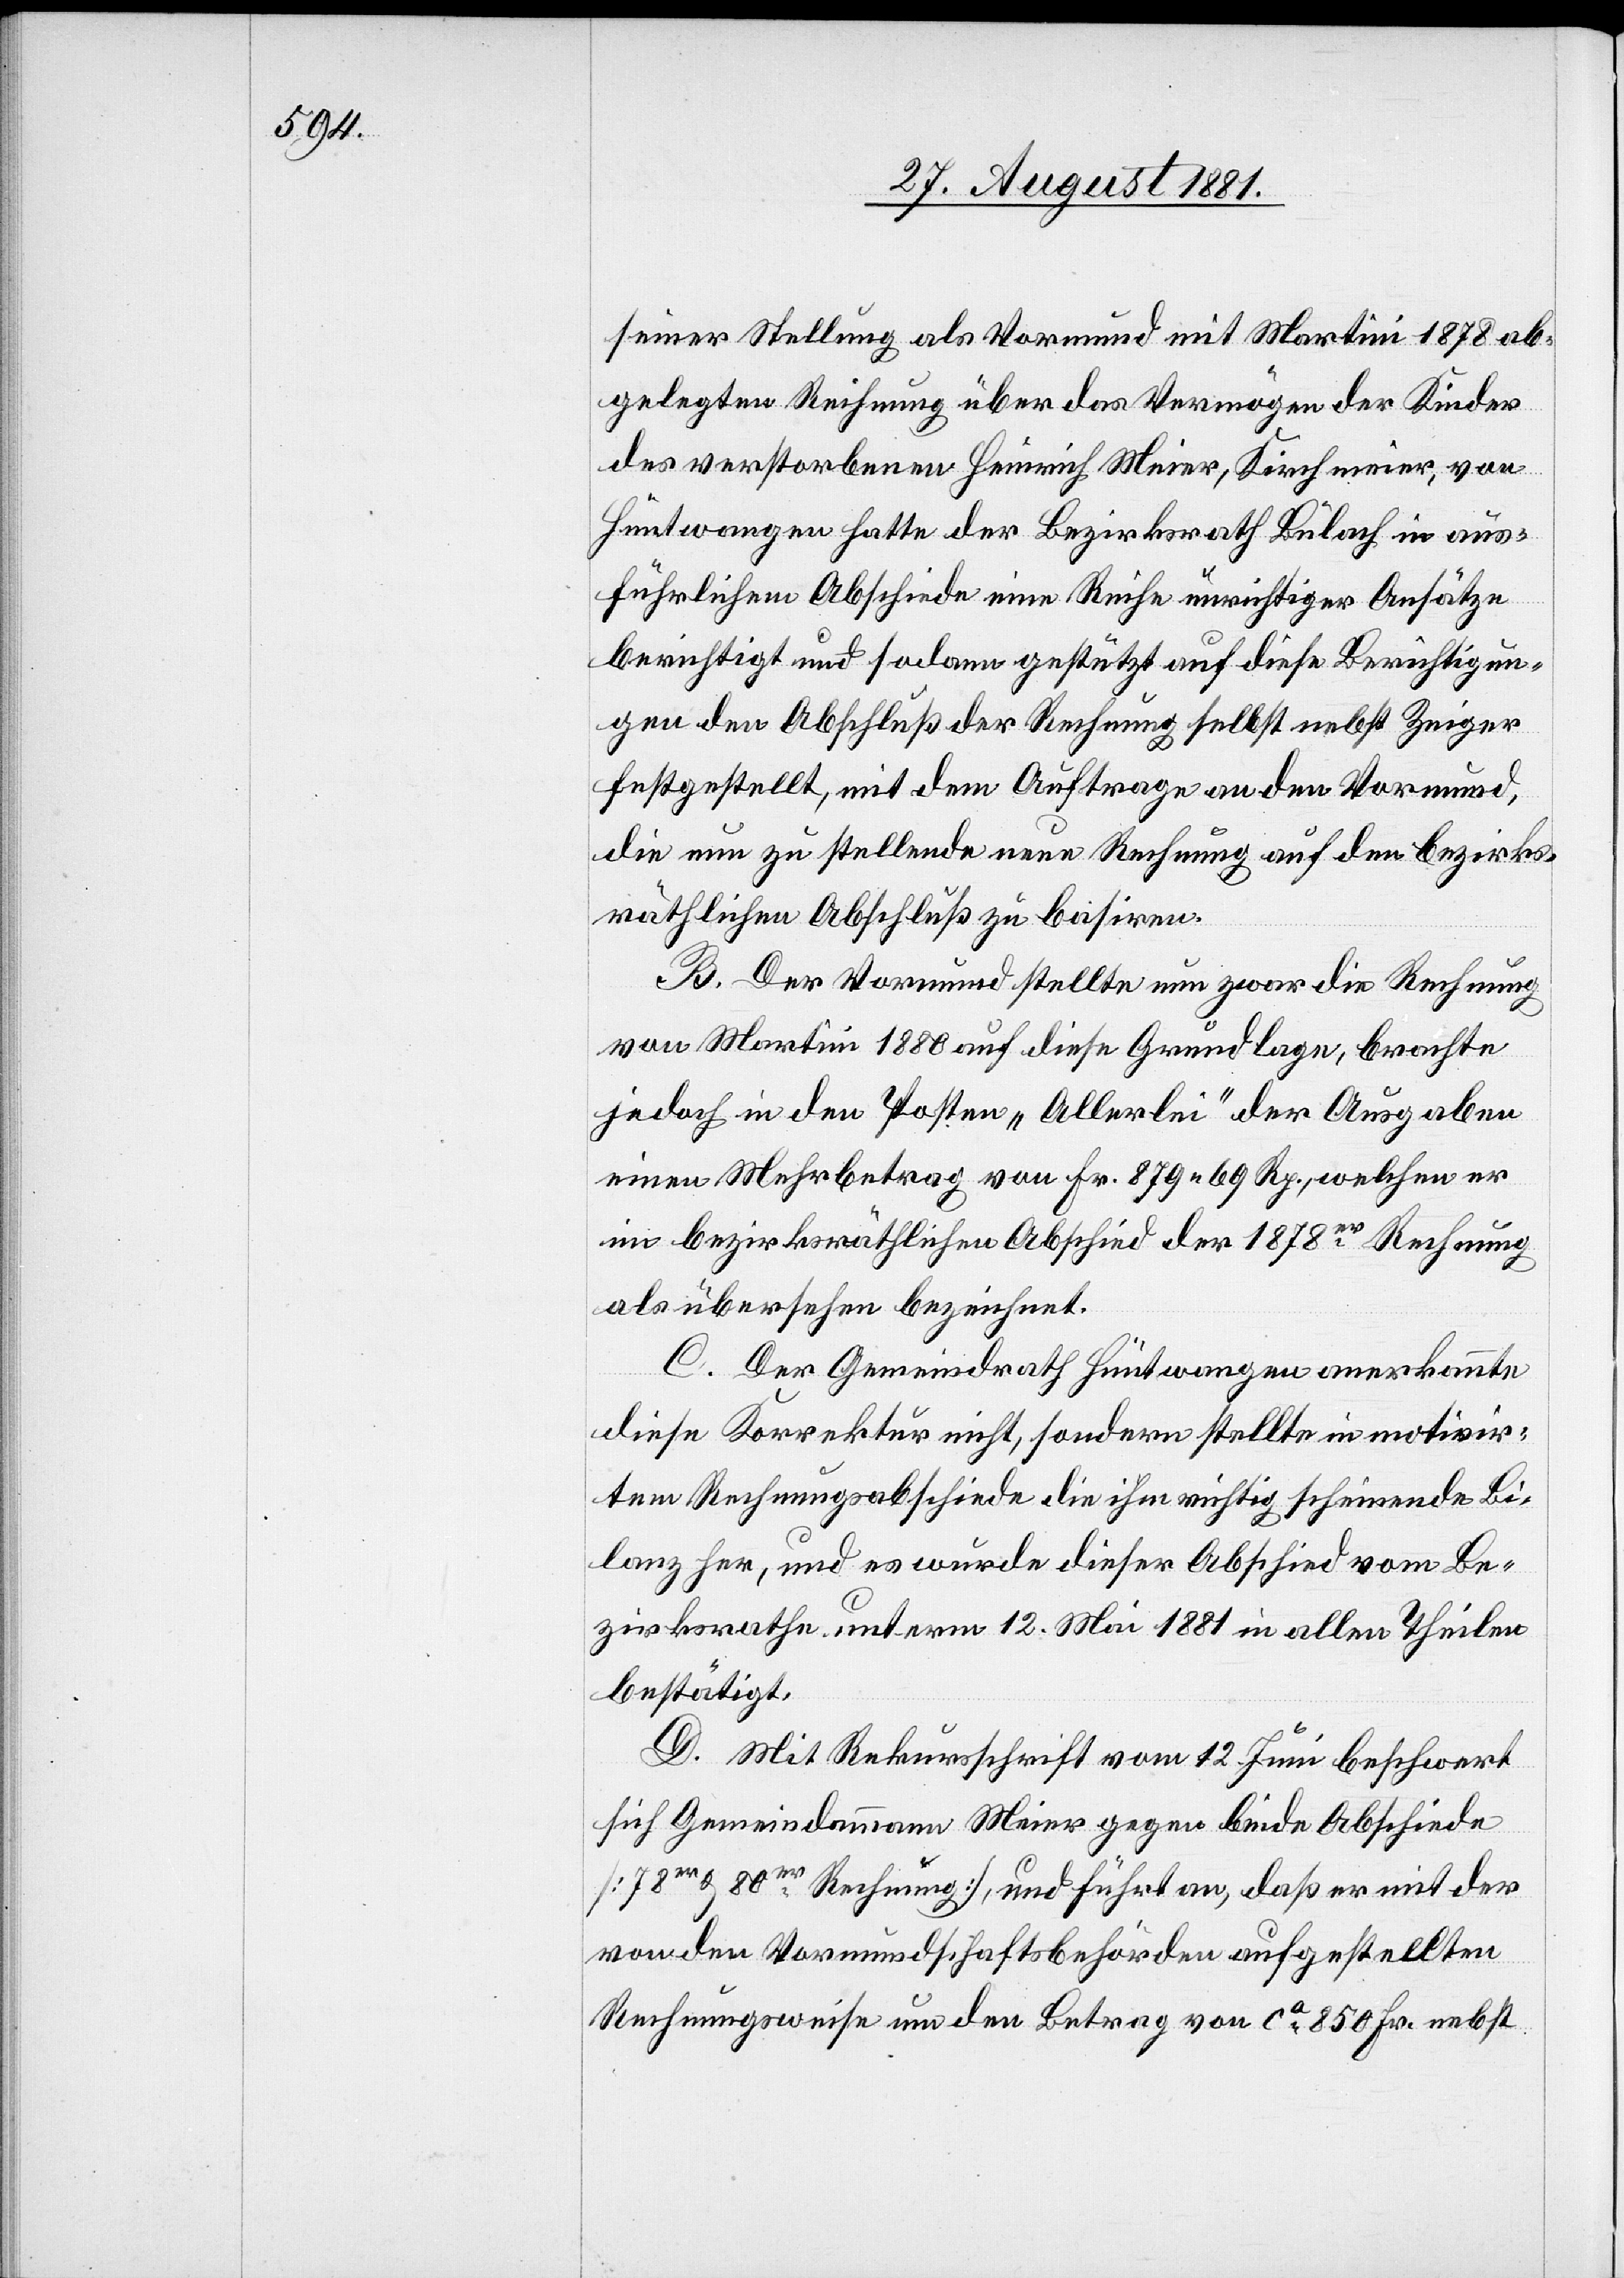
seiner Stellung als Vormund mit Martini 1878 ab¬
gelegten Rechnung über das Vermögen der Kinder
des verstorbenen Heinrich Meier, Kirchmeier, von
Hüntwangen hatte der Bezirksrath Bülach in aus¬
führlichem Abschiede eine Reihe unrichtiger Ansätze
berichtigt und sodann gestützt auf diese Berichtigun¬
gen den Abschluß der Rechnung selbst nebst Zeiger
festgestellt, mit dem Auftrage an den Vormund,
die nun zu stellende neue Rechnung auf den bezirks¬
räthlichen Abschluß zu basiren.
B. Der Vormund stellte nun zwar die Rechnung
von Martini 1880 auf diese Grundlage, brachte
jedoch in den Posten „Allerlei“ der Ausgaben
einen Mehrbetrag von Fr. 879 69 Rp., welchen er
im bezirksräthlichen Abschied der 1878er Rechnung
als übersehen bezeichnet.
C. Der Gemeindrath Hüntwangen anerkannte
diese Korrektur nicht, sondern stellte in motivir¬
tem Rechnungsabschiede die ihm richtig scheinende Bi¬
lanz her, und es wurde dieser Abschied vom Be¬
zirksrathe unterm 12. Mai 1881 in allen Theilen
bestätigt.
D. Mit Rekursschrift vom 12. Juni beschwert
sich Gemeindammann Meier gegen beide Abschiede
[78er & 80er Rechnung], und führt an, daß er mit der
von den Vormundschaftsbehörden aufgestellten
Rechnungsweise um den Betrag von ca 850 Fr. nebst